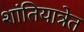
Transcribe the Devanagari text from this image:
शांतियात्रेत